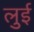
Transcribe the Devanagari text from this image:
लुुई